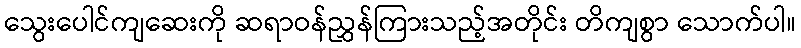
သွေးပေါင်ကျဆေးကို ဆရာဝန်ညွှန်ကြားသည့်အတိုင်း တိကျစွာ သောက်ပါ။